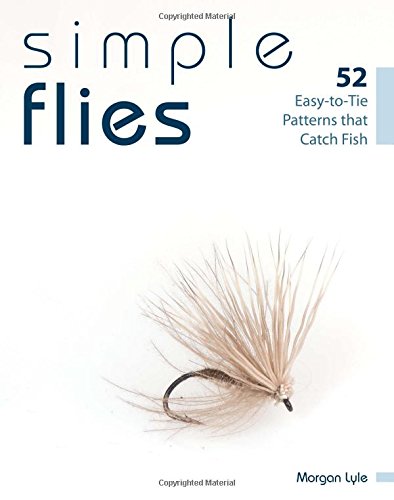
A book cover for Simple Flies: 52 Easy-to-Tie Patterns that Catch Fish; Morgan Lyle; Sports & Outdoors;